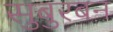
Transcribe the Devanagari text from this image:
सुबुरबन